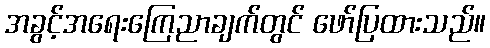
အခွင့်အရေးကြေညာချက်တွင် ဖော်ပြထားသည်။